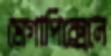
মেগাপিক্সেলে